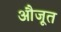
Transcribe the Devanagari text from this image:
औजूत